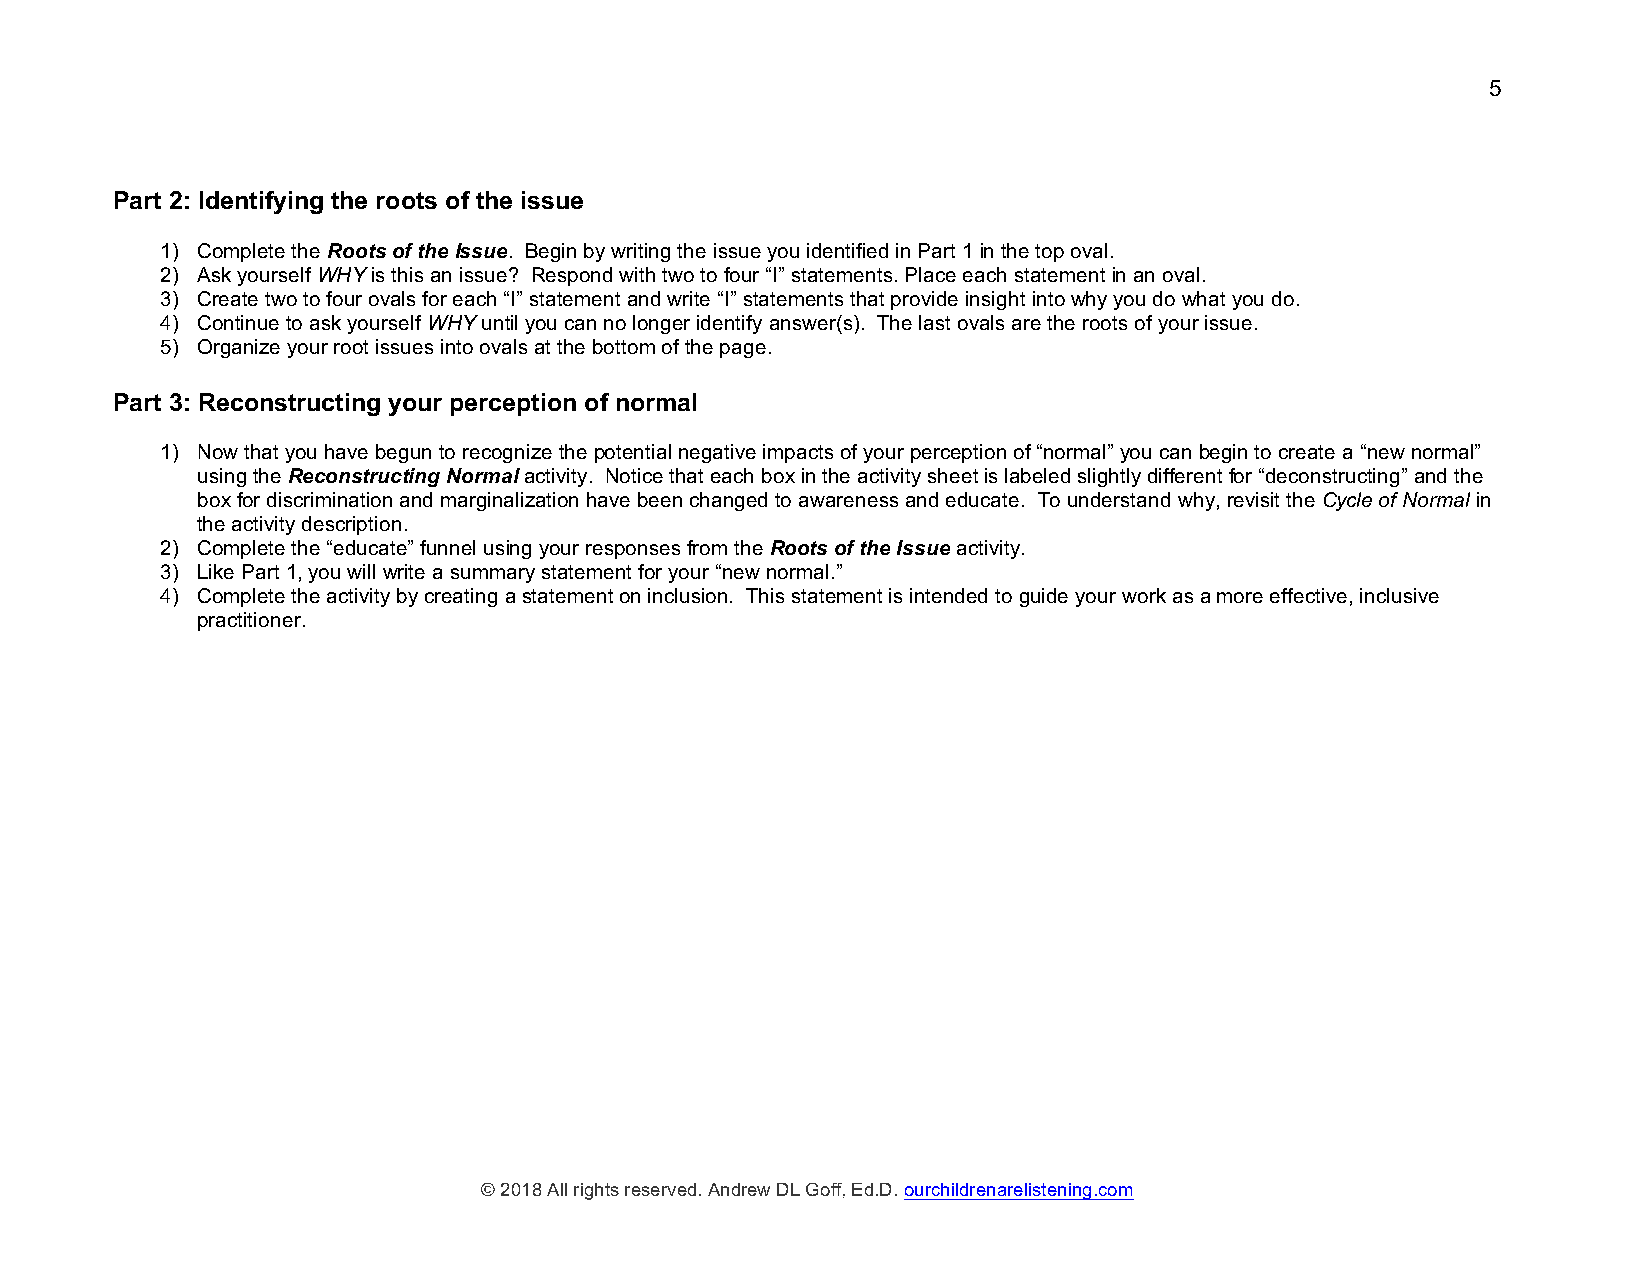
5
 Part 2: Identifying the roots of the issue
 1) Complete the Roots of the Issue. Begin by writing the issue you identified in Part 1 in the top oval.
 2) Ask yourself WHY is this an issue? Respond with two to four “I” statements. Place each statement in an oval.
 3) Create two to four ovals for each “I” statement and write “I” statements that provide insight into why you do what you do.
 4) Continue to ask yourself WHY until you can no longer identify answer(s). The last ovals are the roots of your issue.
 5) Organize your root issues into ovals at the bottom of the page.
 Part 3: Reconstructing your perception of normal
 1) Now that you have begun to recognize the potential negative impacts of your perception of “normal” you can begin to create a “new normal”
 using the Reconstructing Normal activity. Notice that each box in the activity sheet is labeled slightly different for “deconstructing” and the
 box for discrimination and marginalization have been changed to awareness and educate. To understand why, revisit the Cycle of Normal in
 the activity description.
 2) Complete the “educate” funnel using your responses from the Roots of the Issue activity.
 3) Like Part 1, you will write a summary statement for your “new normal.”
 4) Complete the activity by creating a statement on inclusion. This statement is intended to guide your work as a more effective, inclusive
 practitioner.
 © 2018 All rights reserved. Andrew DL Goff, Ed.D. ourchildrenarelistening.com